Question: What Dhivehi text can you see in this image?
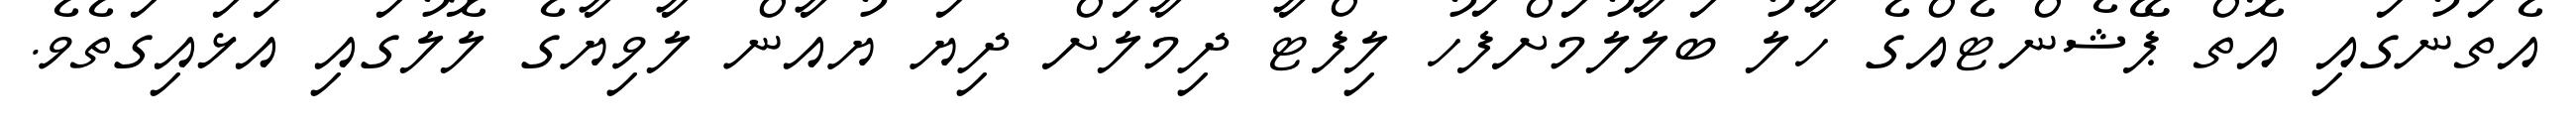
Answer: އެތަނުގައި އޮތް ޕޭޝެންޓެއްގެ ހާލު ބަލާލުމަށްފަހު ލިފްޓާ ދިމާލަށް ދިޔަ ޔުއާން ލާވިޔާގެ ލޮލުގައި އަޅައިގަތެވެ.